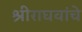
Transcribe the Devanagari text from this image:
श्रीराघवांचे